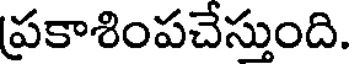
ప్రకాశింపచేస్తుంది.